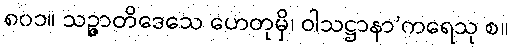
၈၀၁။ သဉ္ဇာတိဒေသေ ဟေတုမှိ၊ ဝါသဋ္ဌာနာ’ကရေသု စ။